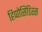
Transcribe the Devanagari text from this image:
हिप्पोसिडिरस